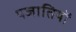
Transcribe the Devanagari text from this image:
पजातियों